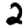
Digit: 2